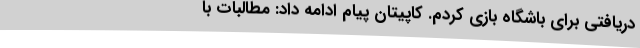
دریافتی برای باشگاه بازی کردم. کاپیتان پیام ادامه داد: مطالبات با